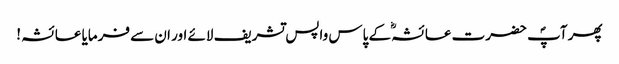
پھر آپؐ حضرت عائشہؓ کے پاس واپس تشریف لائے اور ان سے فرمایا عائشہ !